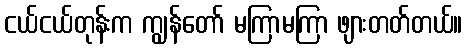
ငယ်ငယ်တုန်းက ကျွန်တော် မကြာမကြာ ဖျားတတ်တယ်။